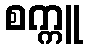
စက္ကူ